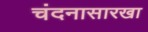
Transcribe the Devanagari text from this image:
चंदनासारखा